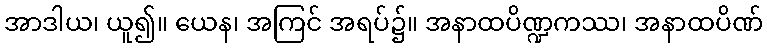
အာဒါယ၊ ယူ၍။ ယေန၊ အကြင် အရပ်၌။ အနာထပိဏ္ဍကဿ၊ အနာထပိဏ်